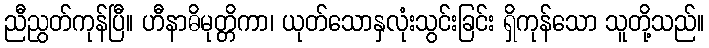
ညီညွတ်ကုန်ပြီ။ ဟီနာဓိမုတ္တိကာ၊ ယုတ်သောနှလုံးသွင်းခြင်း ရှိကုန်သော သူတို့သည်။